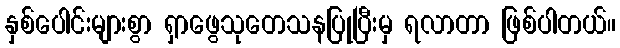
နှစ်ပေါင်းများစွာ ရှာဖွေသုတေသနပြုပြီးမှ ရလာတာ ဖြစ်ပါတယ်။